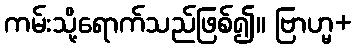
ကမ်းသို့ရောက်သည်ဖြစ်၍။ ဗြာဟ္မ+